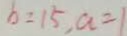
b = 1 5 , a = 1